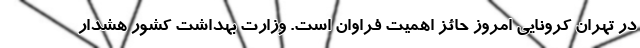
در تهران کرونایی امروز حائز اهمیت فراوان است. وزارت بهداشت کشور هشدار